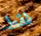
فقط